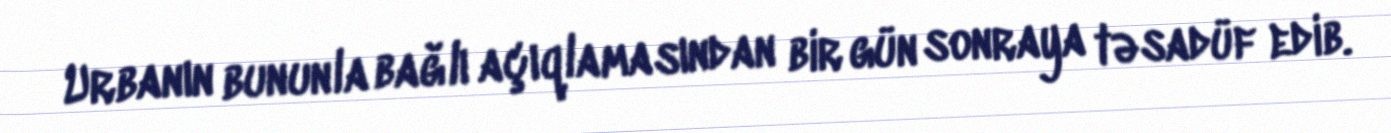
Urbanın bununla bağlı açıqlamasından bir gün sonraya təsadüf edib.